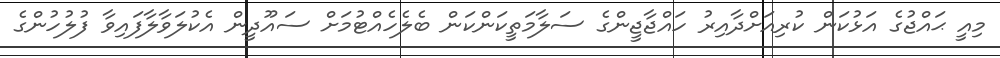
މިއީ ޙައްޖުގެ އަޅުކަން ކުރިއަށްދާއިރު ހައްޖާޖީންގެ ސަލާމަތީކަންކަން ބެލެހެއްޓުމަށް ސައޫދީން އެކުލަވާލާފައިވާ ފުލުހުންގެ